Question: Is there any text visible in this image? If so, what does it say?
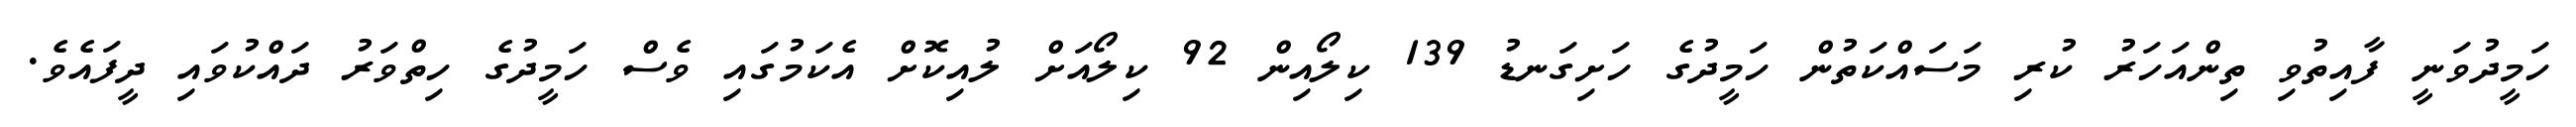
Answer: ހަމީދުވަނީ ފާއިތުވި ތިންއަހަރު ކުރި މަސައްކަތުން ހަމީދުގެ ހަށިގަނޑު 139 ކިލޯއިން 92 ކިލޯއަށް ލުއިކޮށް އެކަމުގައި ވެސް ހަމީދުގެ ހިތްވަރު ދައްކުވައި ދީފައެވެ.